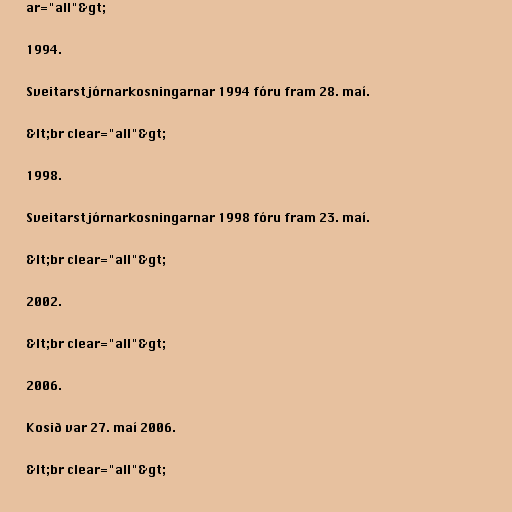
ar="all"&gt;

1994.

Sveitarstjórnarkosningarnar 1994 fóru fram 28. maí.

&lt;br clear="all"&gt;

1998.

Sveitarstjórnarkosningarnar 1998 fóru fram 23. maí.

&lt;br clear="all"&gt;

2002.

&lt;br clear="all"&gt;

2006.

Kosið var 27. maí 2006.

&lt;br clear="all"&gt;